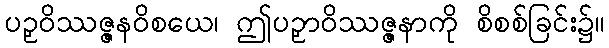
ပဉှဝိဿဇ္ဇနဝိစယေ၊ ဤပဉှာဝိဿဇ္ဇနာကို စိစစ်ခြင်း၌။